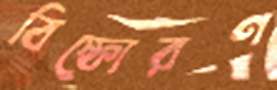
বিস্ফোরণ